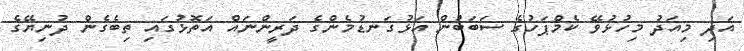
އަދި މިއަދު މިހުޅުވޭ ކެމްޕަހުގެ ސަބަބުން އަޅުގަނޑުމެންގެ ދަރީންނައް އަތޮޅުގައި ތިބެގެން ދުނިޔޭގެ